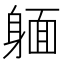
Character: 𨉥